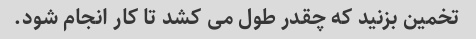
تخمین بزنید که چقدر طول می کشد تا کار انجام شود.